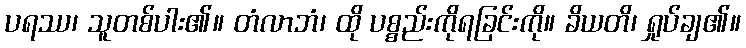
ပရဿ၊ သူတစ်ပါး၏။ တံလာဘံ၊ ထို ပစ္စည်းကိုရခြင်းကို။ ခိယတိ၊ ရှုပ်ချ၏။